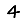
Digit: 4